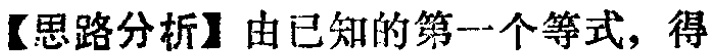
【思路分析】由已知的第一个等式，得